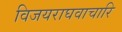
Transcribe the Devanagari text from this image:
विजयराघवाचारि